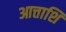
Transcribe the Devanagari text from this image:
आत्ताशि